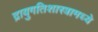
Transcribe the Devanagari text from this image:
द्रायुगतिशास्त्रामध्ये